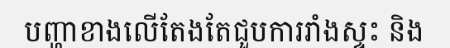
បញ្ហាខាងលើតែងតែជួបការរាំងស្ទះ និង